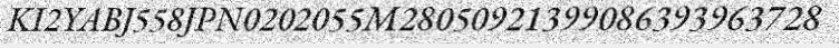
KI2YABJ558JPN0202055M28050921399086393963728